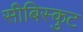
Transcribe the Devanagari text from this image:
सीबिस्कुट